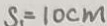
S _ { 1 } = 1 0 c m